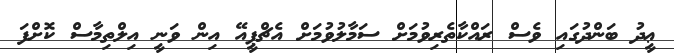
ޢީދު ބަންދުގައި ވެސް ރައްކާތެރިވުމަށް ސަމާލުވުމަށް އެޗްޕީއޭ އިން ވަނީ އިލްތިމާސް ކޮށްފަ